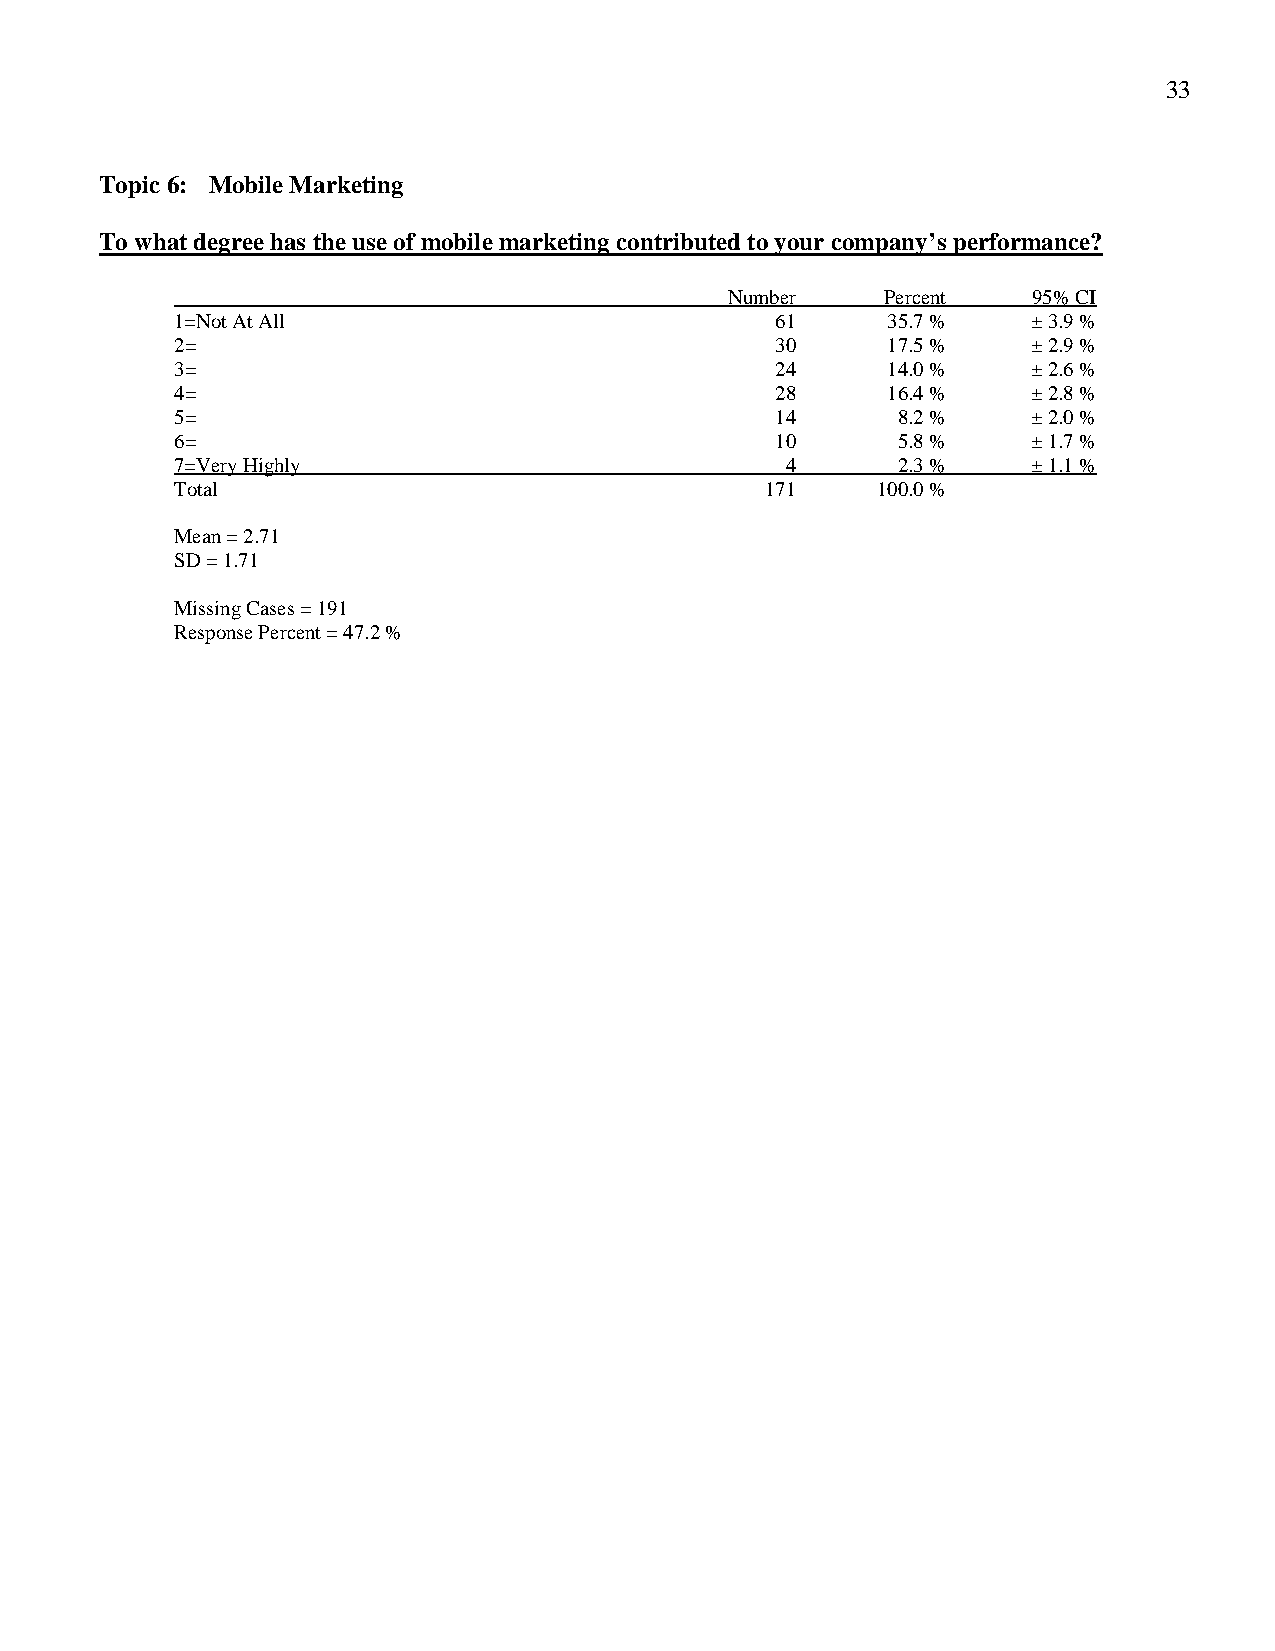
33
 Topic 6: Mobile Marketing
 To what degree has the use of mobile marketing contributed to your company’s performance?
 Number     Percent  95% CI
 1=Not At All                           61      35.7 %   ± 3.9 %
 2=                                     30      17.5 %   ± 2.9 %
 3=                                     24      14.0 %   ± 2.6 %
 4=                                     28      16.4 %   ± 2.8 %
 5=                                     14      8.2 %    ± 2.0 %
 6=                                     10      5.8 %    ± 1.7 %
 7=Very Highly                           4      2.3 %    ± 1.1 %
 Total                                  171    100.0 %
 Mean = 2.71
 SD = 1.71
 Missing Cases = 191
 Response Percent = 47.2 %